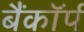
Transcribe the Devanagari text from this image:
बैंकॉर्प